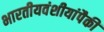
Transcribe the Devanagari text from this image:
भारतीयवंशीयांपैकी